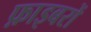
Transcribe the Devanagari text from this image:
फ़ाइबरों